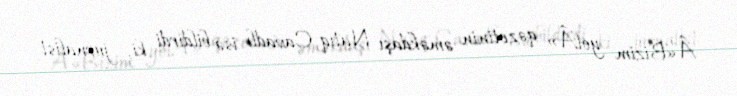
Â«Bizim yolÂ» qəzetinin əməkdaşı Natıq Cavadlı isə bildirdi ki, jurnalist